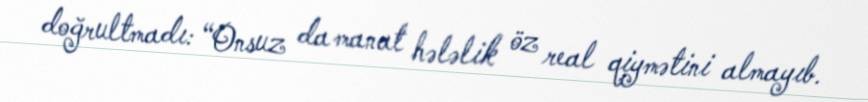
doğrultmadı: “Onsuz da manat hələlik öz real qiymətini almayıb.